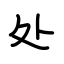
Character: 处